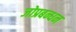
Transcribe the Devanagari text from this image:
जोप्रबन्धन